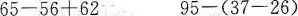
65-56+62 95-(37-26)